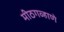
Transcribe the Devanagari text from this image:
मीठगव्हाणे